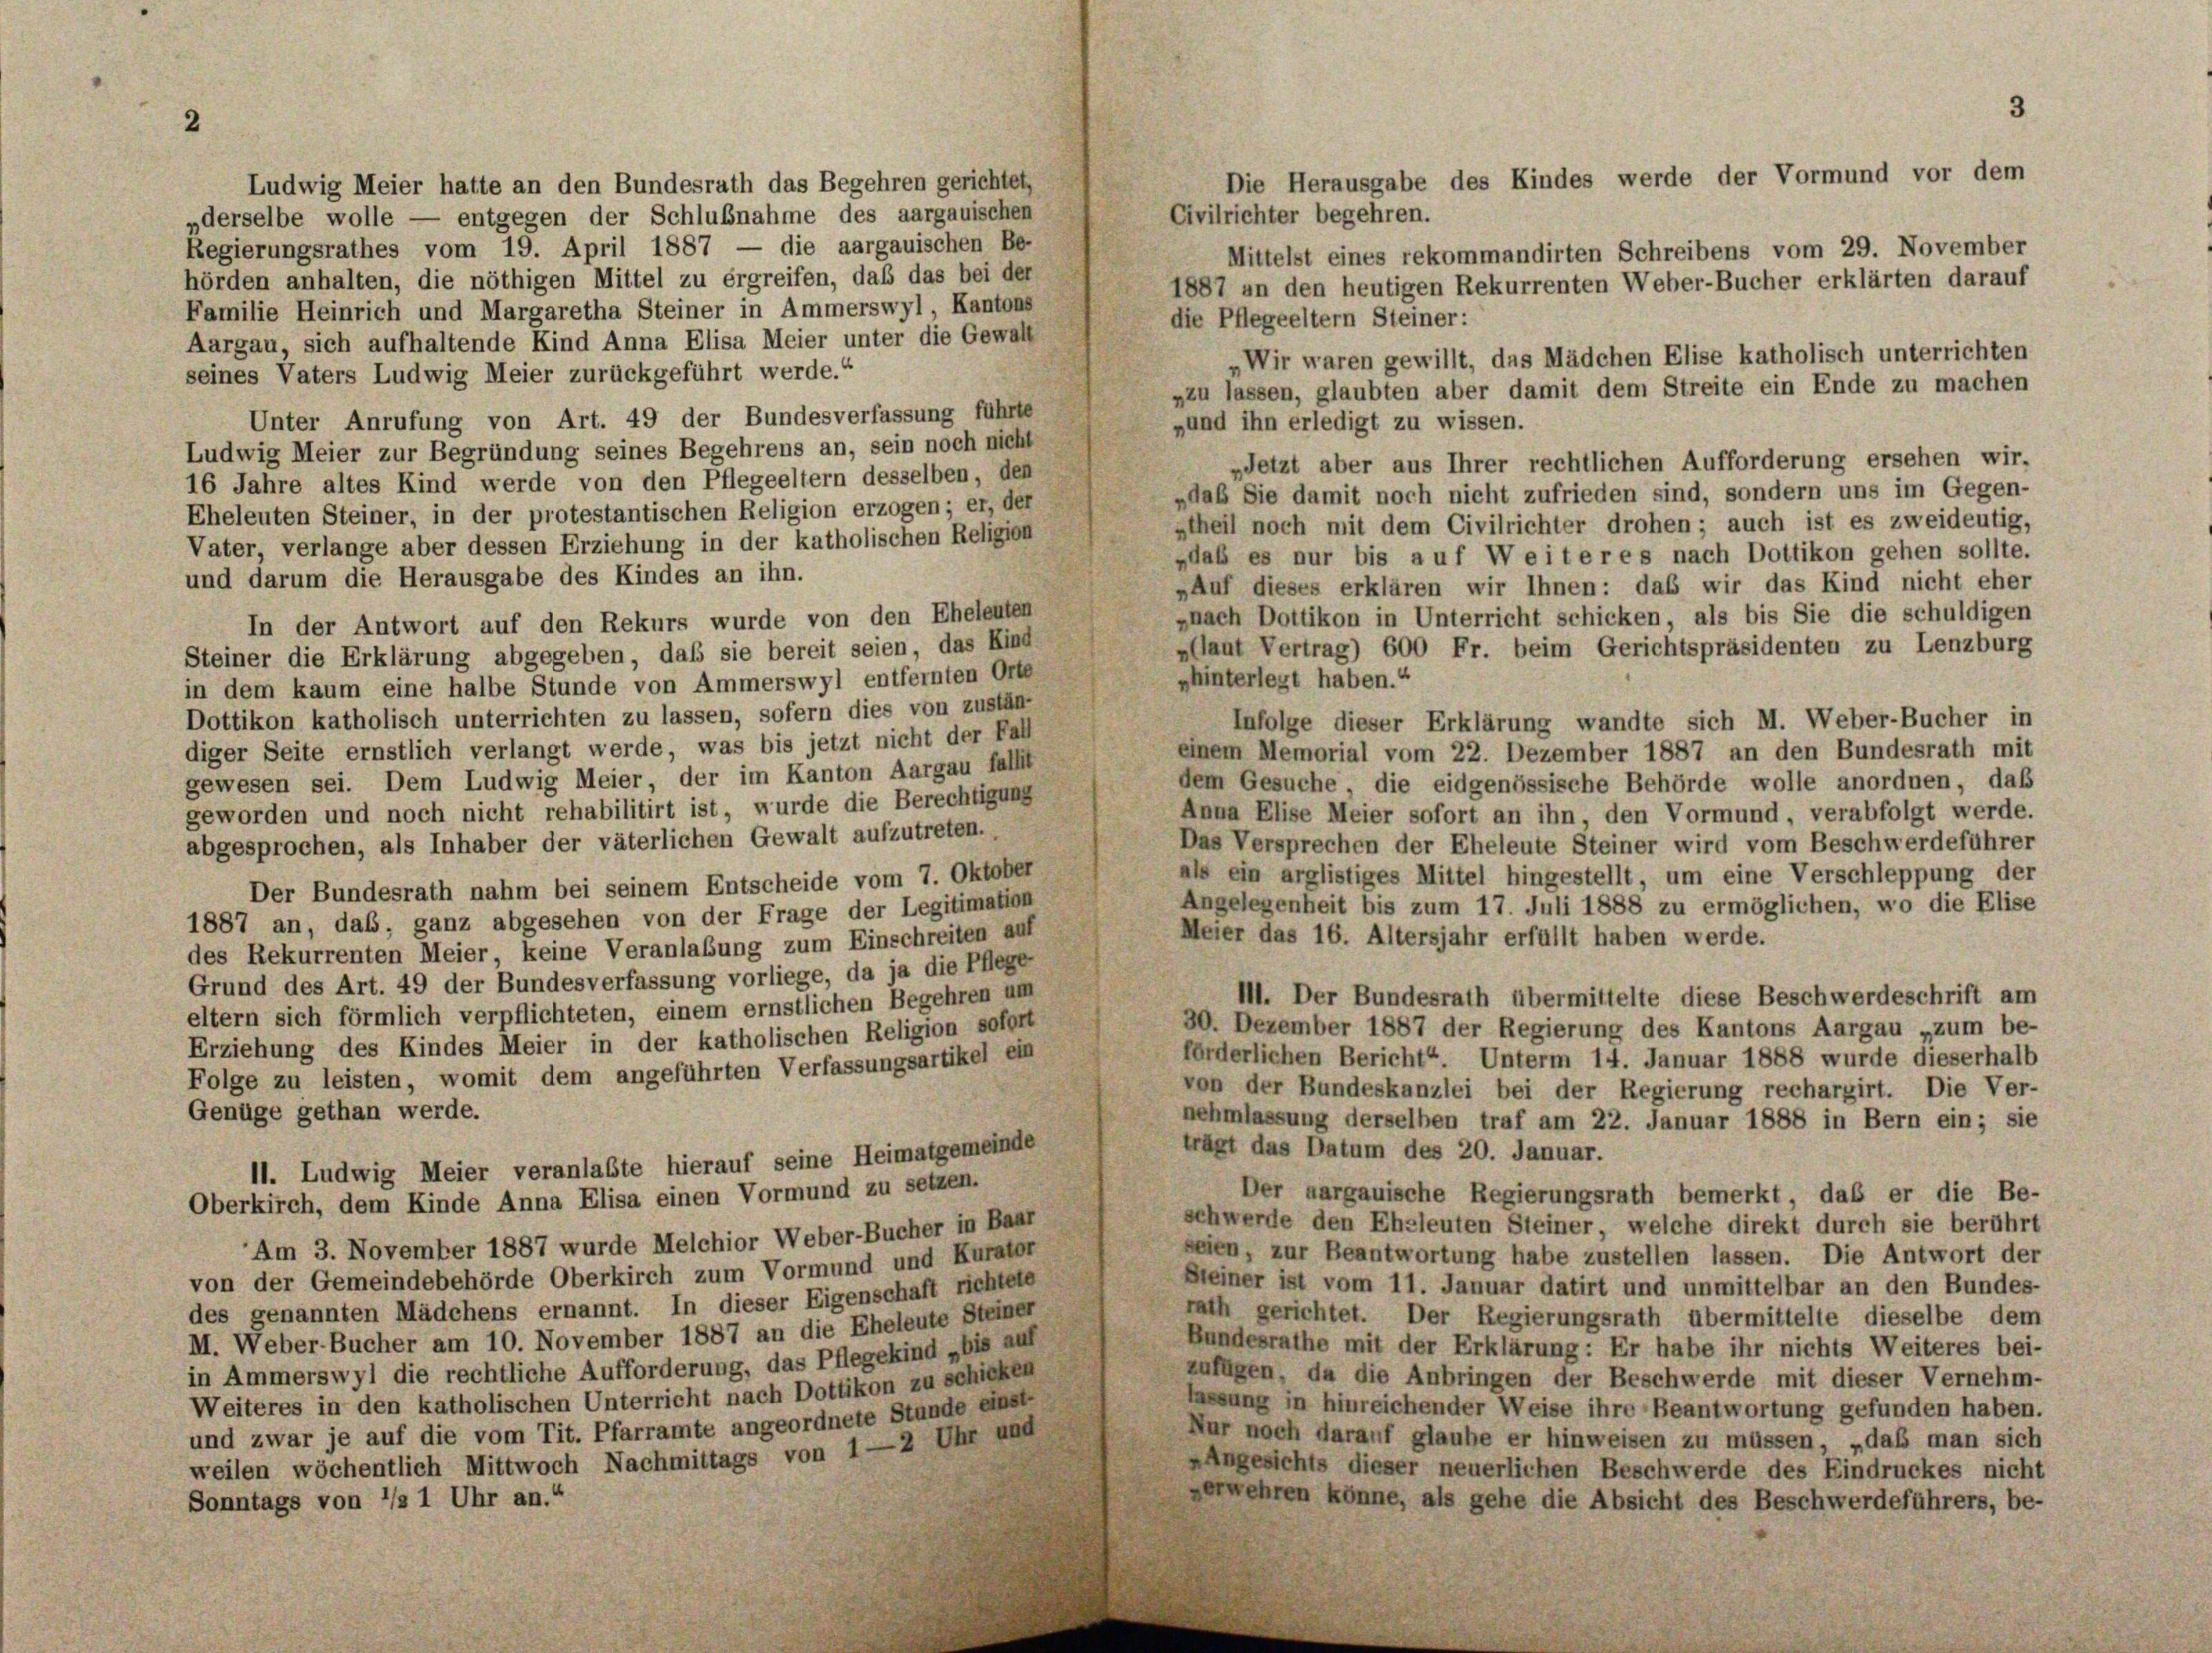
2

Ludwig Meier hatte an den Bundesrath das Begehren gerichtet,
Civilrichter begehren.
„derselbe wolle — entgegen der Schlußnahme des aargauischen
Regierungsrathes vom 19. April 1887 — die aargauischen Be-
Mittelst eines rekommandirten Schreibens vom 29. November
hörden anhalten, die nöthigen Mittel zu ergreifen, daß das bei der
1887 an den heutigen Rekurrenten Weber-Bucher erklärten darauf
Familie Heinrich und Margaretha Steiner in Ammerswyl, Kantons
die Pflegeeltern Steiner:
Aargau, sich aufhaltende Kind Anna Elisa Meier unter die Gewalt
„Wir waren gewillt, das Mädchen Elise katholisch unterrichten
seines Vaters Ludwig Meier zurückgeführt werde.“
„zu lassen, glaubten aber damit dem Streite ein Ende zu machen
Unter Anrufung von Art. 49 der Bundesverfassung führte
„und ihn erledigt zu wissen.
Ludwig Meier zur Begründung seines Begehrens an, sein noch nicht
Jetzt aber aus Ihrer rechtlichen Aufforderung ersehen wir,
16 Jahre altes Kind werde von den Pflegeeltern desselben, den
„daß Sie damit noch nicht zufrieden sind, sondern uns im Gegen-
Eheleuten Steiner, in der protestantischen Religion erzogen; er, der
stheil noch mit dem Civilrichter drohen ; auch ist es zweideutig,
Vater, verlange aber dessen Erziehung in der katholischen Religion
„daß es nur bis auf Weiteres nach Dottikon gehen sollte.
und darum die Herausgabe des Kindes an ihn.
„Auf dieses erklären wir Ihnen: das wir das Kind nicht eher
»nach Dottikon in Unterricht schicken, als bis Sie die schuldigen
In der Antwort auf den Rekurs wurde von den Eheleuten
»(laut Vertrag) 600 Fr. beim Gerichtspräsidenten zu Lenzburg
Steiner die Erklärung abgegeben, daß sie bereit seien, das Kind-
phinterlegt haben.“
in dem kaum eine halbe Stunde von Ammerswyl entfernten Orte
Dottikon katholisch unterrichten zu lassen, sofern dies von zustän-
Infolge dieser Erklärung wandte sich M. Weber-Bucher in
diger Seite ernstlich verlangt werde, was bis jetzt nicht der Fall
einem Memorial vom 22. Dezember 1887 an den Bundesrath mit
gewesen sei. Dem Ludwig Meier, der im Kanton Aargau fallt
dem Gesuche die eidgenössische Behörde wolle anordnen, daß
geworden und noch nicht rehabilitirt ist, wurde die Berechtigung
Anna Elise Meier sofort an ihn, den Vormund, verabfolgt werde.
abgesprochen, als Inhaber der väterlichen Gewalt aufzutreten.
Das Versprechen der Eheleute Steiner wird vom Beschwerdeführer
als ein arglistiges Mittel hingestellt, um eine Verschleppung der
Der Bundesrath nahm bei seinem Entscheide vom 7. Oktober
Angelegenheit bis zum 17. Juli 1888 zu ermöglichen, wo die Elise
1887 an, das, ganz abgesehen von der Frage der Legitimation
Meier das 16. Altersjahr erfüllt haben werde.
des Rekurrenten Meier, keine Veranlaßung zum Einschreiten auf
Grund des Art. 49 der Bundesverfassung vorliege, da ja die Pflege-
II. Der Bundesrath übermittelte diese Beschwerdeschrift am
eltern sich förmlich verpflichteten, einem ernstlichen Begehren um
30. Dezember 1887 der Regierung des Kantons Aargau „zum be-
Erziehung des Kindes Meier in der katholischen Religion sofort
förderlichen Bericht Unterm 14. Januar 1888 wurde dieserhalb
Folge zu leisten, womit dem angeführten Verfassungsartikel ein
von der Bundeskanzlei bei der Regierung rechargirt. Die Ver-
Genüge gethan werde.
nehmlassung derselben traf am 22. Januar 1888 in Bern ein; sie
trägt das Datum des 20. Januar.
11. Ludwig Meier veranlaste hierauf seine Heimatgemeinde
Der aargauische Regierungsrath bemerkt, daß er die Be-
Oberkirch, dem Kinde Anna Elisa einen Vormund zu setzen.
schwerde den Eheleuten Steiner welche direkt durch sie berührt
Am 3. November 1887 wurde Melchior Weber-Bucher in Baar
seien, zur Beantwortung habe zustellen lassen. Die Antwort der
von der Gemeindebehörde Oberkirch zum Vormund und Kurator
Steiner ist vom 11. Januar datirt und unmittelbar an den Bundes-
des genannten Mädchens ernannt. In dieser Eigenschaft richtete
rath gerichtet. Der Regierungsrath übermittelte dieselbe dem
M. Weber-Bucher am 10. November 1887 an die Eheleute Steiner
Bundesrathe mit der Erklärung: Er habe ihr nichts Weiteres bei-
in Ammerswyl die rechtliche Aufforderung, das Pflegekind „bis auf
zufügen, da die Anbringen der Beschwerde mit dieser Vernehm-
Weiteres in den katholischen Unterricht nach Dottikon zu schicken
lassung in hinreichender Weise ihre Beantwortung gefunden haben.
und zwar je auf die vom Tit. Pfarramte angeordnete Stunde einst-
Nur noch darauf glaube er hinweisen zu müssen, „daß man sich
weilen wöchentlich Mittwoch Nachmittags von 1—2 Uhr und
Angesichts dieser neuerlichen Beschwerde des Eindruckes nicht
verwehren könne, als gehe die Absicht des Beschwerdeführers, be-
Sonntags von */s 1 Uhr an.“

3
Die Herausgabe des Kindes werde der Vormund vor dem